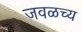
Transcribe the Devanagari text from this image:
जवळच्य